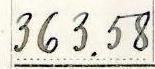
363.58